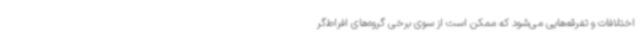
اختلافات و تفرقه‌هایی می‌شود که ممکن است از سوی برخی گروه‌های افراط‌گر